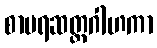
စာမရဆတ္တဂါဟကာ